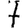
Digit: 7